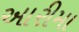
આરીમા